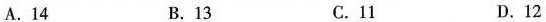
A.14 B.13 C.11 D.12